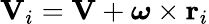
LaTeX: \mathbf{V}_{i}=\mathbf{V}+{\boldsymbol{\omega}}\times\mathbf{r}_{i}